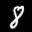
Label: 8